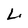
Character: L